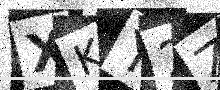
Text: XKY2ZU